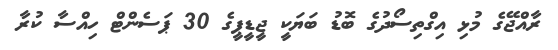
ރާއްޖޭގެ މުޅި އިގްތިސޯދުގެ ބޮޑު ބަޔަކީ ޖީޑީޕީގެ 30 ޕަސެންޓް ހިއްސާ ކުރާ